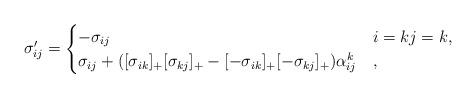
LaTeX: \begin{align*} \sigma_{ij}' = \begin{cases} -\sigma_{ij} & i=k j=k, \\ \sigma_{ij} + ([\sigma_{ik}]_+ [\sigma_{kj}]_+ - [-\sigma_{ik}]_+ [-\sigma_{kj}]_+)\alpha_{ij}^k & , \end{cases} \end{align*}